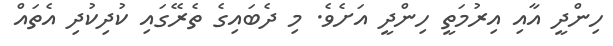
ހިންދީ އާއި އިރުމަތީ ހިންދީ އަށެވެ. މި ދެބައިގެ ތެރޭގައި ކުދިކުދި އެތައް